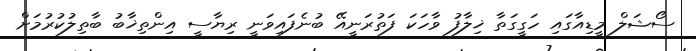
ސޯޝަލް މީޑިއާގައި ހަގީގަތާ ޚިލާފު ވާހަކަ ފަތުރަނީއޭ ބުނެފައިވަނީ ރިޔާސީ އިންތިޚާބު ބާތިލުކުރުމަށް